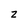
Character: z